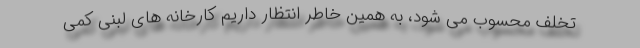
تخلف محسوب می شود، به همین خاطر انتظار داریم کارخانه های لبنی کمی